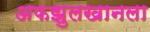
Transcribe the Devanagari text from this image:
अफझुलखानला